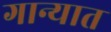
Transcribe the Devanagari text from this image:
गान्यात